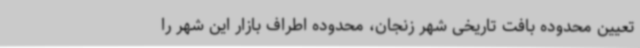
تعیین محدوده بافت تاریخی شهر زنجان، محدوده اطراف بازار این شهر را